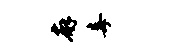
廨毒